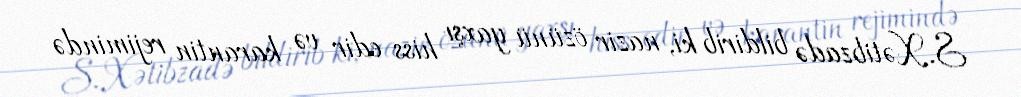
S.Xətibzadə bildirib ki, nazir özünü yaxşı hiss edir və karantin rejimində